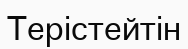
Терістейтін